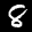
Label: 8